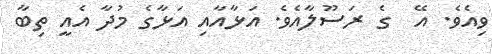
ވިއެވެ. އޭ  ގެ ރަސޫލާއެވެ. އަޅާއާއި އަޅާގެ މުދާ އެއީ ތިބާ